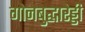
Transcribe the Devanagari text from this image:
गोनबुद्धारेड्डी